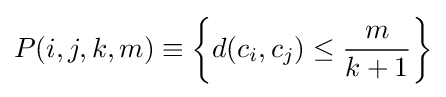
P(i,j,k,m)\equiv \left\{d(c_{i},c_{j})\leq {\frac {m}{k+1}}\right\}